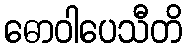
ဓောဝါပေသီတိ